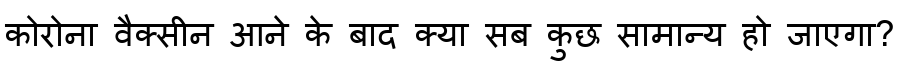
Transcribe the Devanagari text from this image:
कोरोना वैक्सीन आने के बाद क्या सब कुछ सामान्य हो जाएगा?